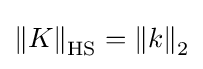
\left\|K\right\|_{\operatorname {HS} }=\left\|k\right\|_{2}